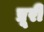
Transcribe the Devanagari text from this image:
प्रूरी